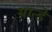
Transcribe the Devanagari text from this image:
ग्रान्डे